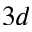
3 d